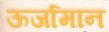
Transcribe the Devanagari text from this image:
ऊर्जामान